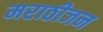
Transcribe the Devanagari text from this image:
मराठीजन